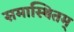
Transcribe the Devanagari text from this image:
समास्थितम्